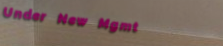
Under New Mgmt